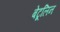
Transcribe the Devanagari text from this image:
बेटूलिन